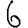
Digit: 6